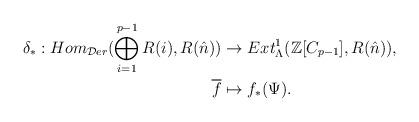
LaTeX: \begin{align*}\delta_*:Hom_{\mathcal{D}er}(\bigoplus_{i=1}^{p-1}R(i),R(\hat{n}))&\rightarrow Ext^1_{\Lambda}(\mathbb{Z}[C_{p-1}],R(\hat{n})),\\\overline{f} &\mapsto f_*(\Psi).\end{align*}